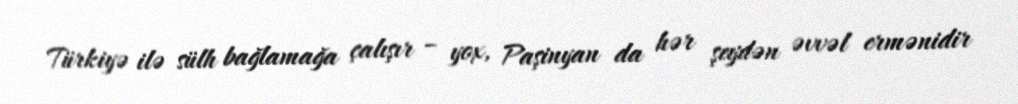
Türkiyə ilə sülh bağlamağa çalışır – yox, Paşinyan da hər şeydən əvvəl ermənidir